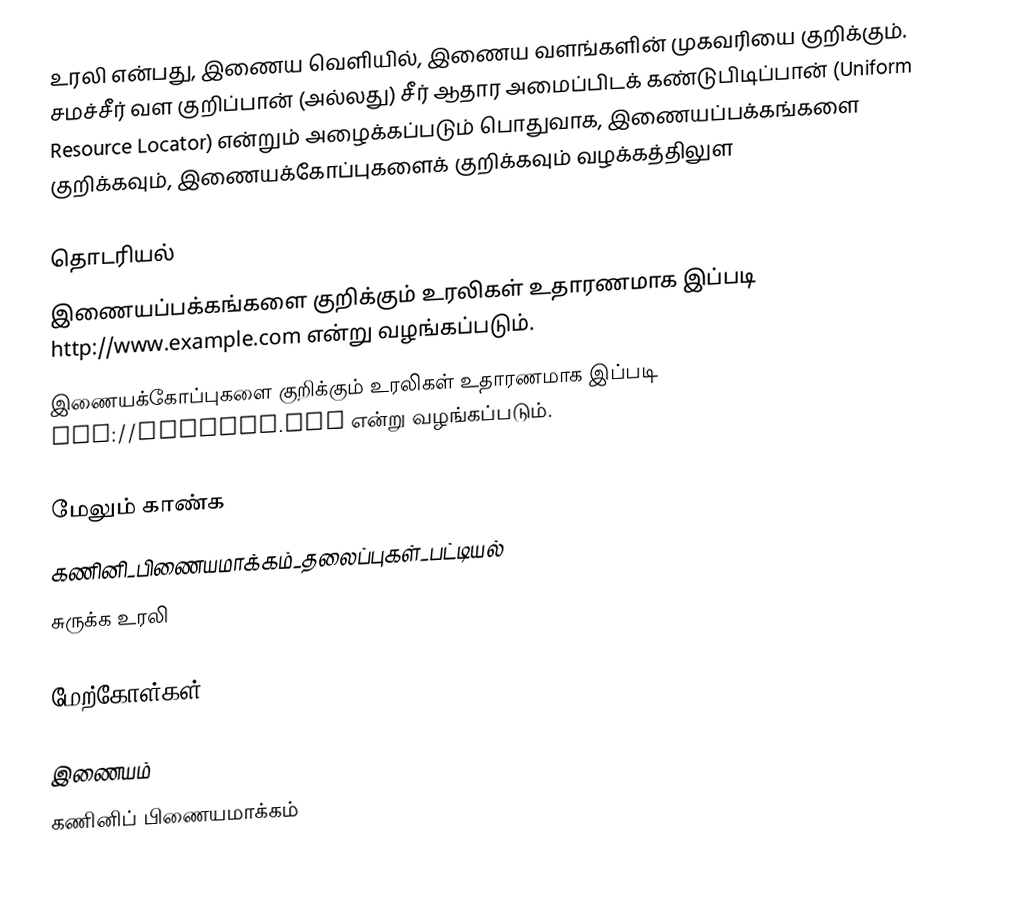
உரலி  என்பது, இணைய வெளியில், இணைய வளங்களின் முகவரியை குறிக்கும். சமச்சீர் வள குறிப்பான் (அல்லது) சீர் ஆதார அமைப்பிடக் கண்டுபிடிப்பான் (Uniform Resource Locator) என்றும் அழைக்கப்படும் பொதுவாக, இணையப்பக்கங்களை குறிக்கவும், இணையக்கோப்புகளைக் குறிக்கவும் வழக்கத்திலுள

தொடரியல்
 இணையப்பக்கங்களை குறிக்கும் உரலிகள் உதாரணமாக இப்படி http://www.example.com என்று வழங்கப்படும்.
 இணையக்கோப்புகளை குறிக்கும் உரலிகள் உதாரணமாக இப்படி ftp://example.com என்று வழங்கப்படும்.

மேலும் காண்க
 கணினி_பிணையமாக்கம்_தலைப்புகள்_பட்டியல்
 சுருக்க உரலி

மேற்கோள்கள்

இணையம்
கணினிப் பிணையமாக்கம்